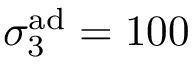
\sigma _ { 3 } ^ { \mathrm { a d } } = 1 0 0 \